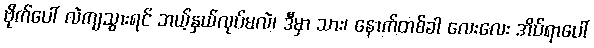
ဗိုက်ပေါ် လဲကျသွားရင် ဘယ့်နှယ်လုပ်မလဲ၊ ဒီမှာ သား၊ နောက်တစ်ခါ လေးလေး အိပ်ရာပေါ်